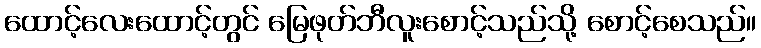
ထောင့်လေးထောင့်တွင် မြေဖုတ်ဘီလူးစောင့်သည်သို့ စောင့်စေသည်။